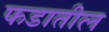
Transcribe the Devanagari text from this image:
फडातील